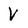
Character: V